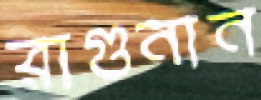
রাগুনান